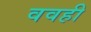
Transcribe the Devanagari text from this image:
ववही